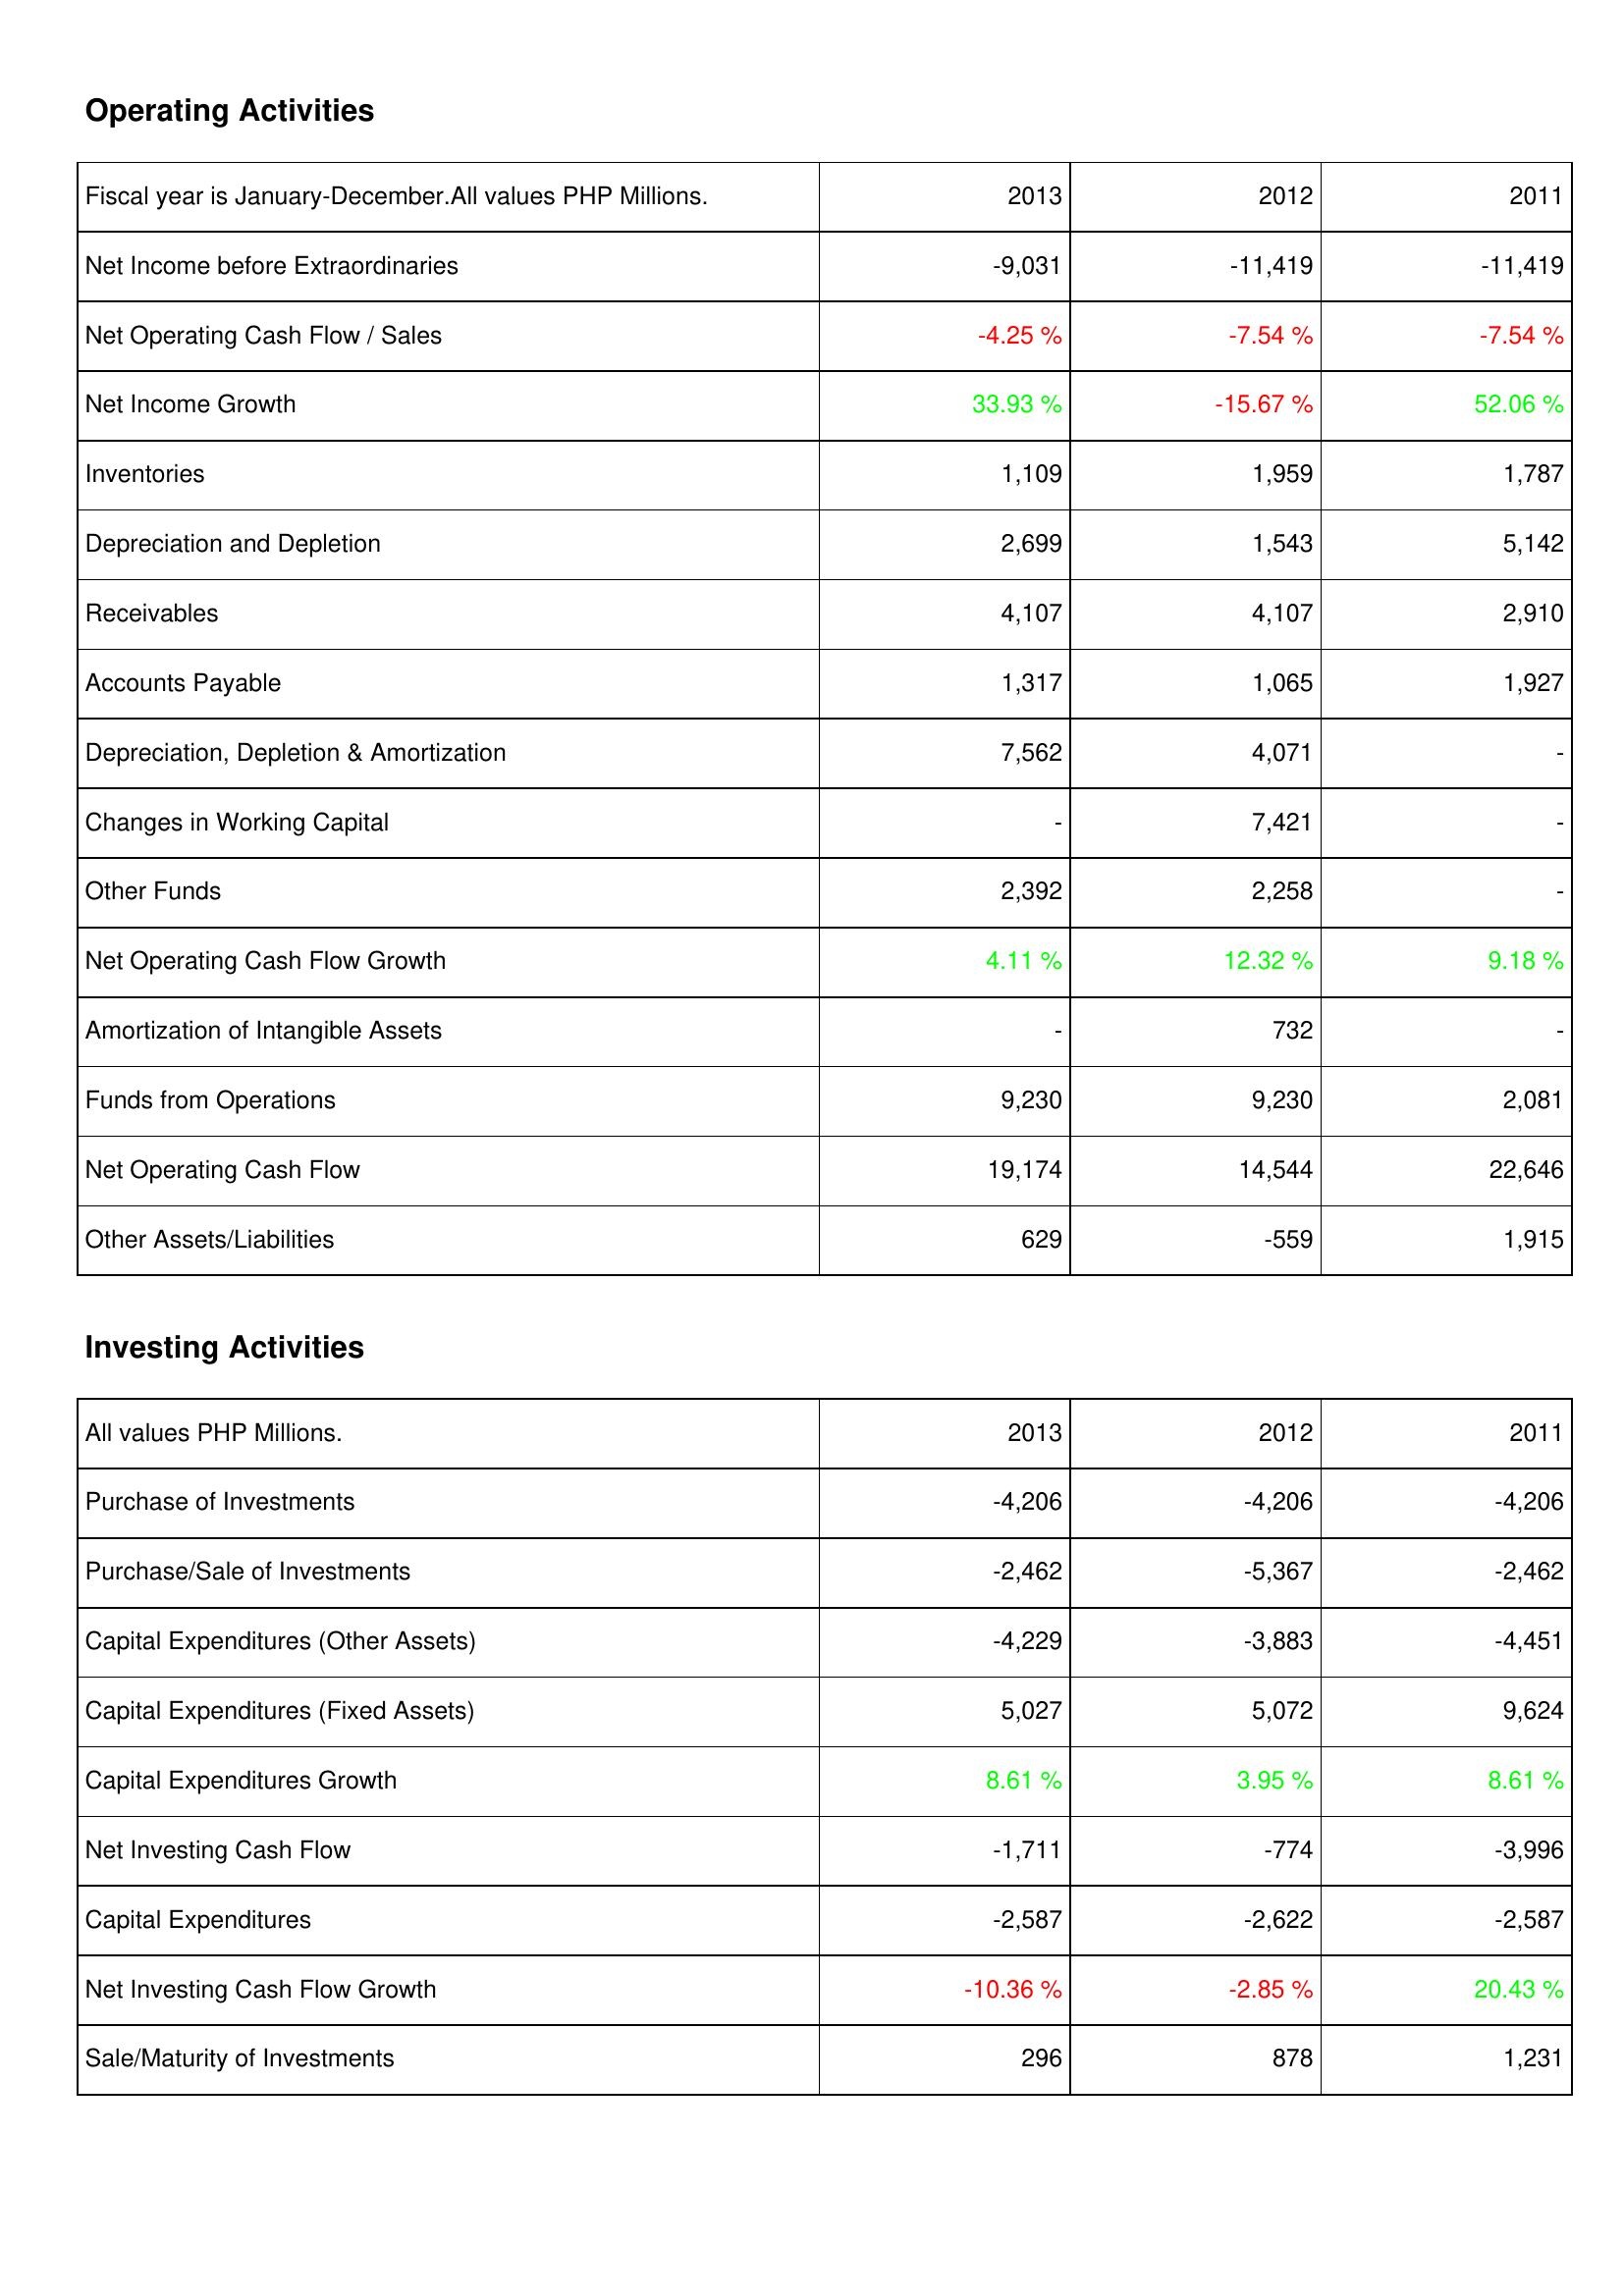
2013: Operating Activities: Net Income before Extraordinaries: -9,031
Net Operating Cash Flow / Sales: -4.25 %
Net Income Growth: 33.93 %
Inventories: 1,109
Depreciation and Depletion: 2,699
Receivables: 4,107
Accounts Payable: 1,317
Depreciation, Depletion & Amortization: 7,562
Changes in Working Capital: -
Other Funds: 2,392
Net Operating Cash Flow Growth: 4.11 %
Amortization of Intangible Assets: -
Funds from Operations: 9,230
Net Operating Cash Flow: 19,174
Other Assets/Liabilities: 629
Investing Activities: Purchase of Investments: -4,206
Purchase/Sale of Investments: -2,462
Capital Expenditures (Other Assets): -4,229
Capital Expenditures (Fixed Assets): 5,027
Capital Expenditures Growth: 8.61 %
Net Investing Cash Flow: -1,711
Capital Expenditures: -2,587
Net Investing Cash Flow Growth: -10.36 %
Sale/Maturity of Investments: 296
2012: Operating Activities: Net Income before Extraordinaries: -11,419
Net Operating Cash Flow / Sales: -7.54 %
Net Income Growth: -15.67 %
Inventories: 1,959
Depreciation and Depletion: 1,543
Receivables: 4,107
Accounts Payable: 1,065
Depreciation, Depletion & Amortization: 4,071
Changes in Working Capital: 7,421
Other Funds: 2,258
Net Operating Cash Flow Growth: 12.32 %
Amortization of Intangible Assets: 732
Funds from Operations: 9,230
Net Operating Cash Flow: 14,544
Other Assets/Liabilities: -559
Investing Activities: Purchase of Investments: -4,206
Purchase/Sale of Investments: -5,367
Capital Expenditures (Other Assets): -3,883
Capital Expenditures (Fixed Assets): 5,072
Capital Expenditures Growth: 3.95 %
Net Investing Cash Flow: -774
Capital Expenditures: -2,622
Net Investing Cash Flow Growth: -2.85 %
Sale/Maturity of Investments: 878
2011: Operating Activities: Net Income before Extraordinaries: -11,419
Net Operating Cash Flow / Sales: -7.54 %
Net Income Growth: 52.06 %
Inventories: 1,787
Depreciation and Depletion: 5,142
Receivables: 2,910
Accounts Payable: 1,927
Depreciation, Depletion & Amortization: -
Changes in Working Capital: -
Other Funds: -
Net Operating Cash Flow Growth: 9.18 %
Amortization of Intangible Assets: -
Funds from Operations: 2,081
Net Operating Cash Flow: 22,646
Other Assets/Liabilities: 1,915
Investing Activities: Purchase of Investments: -4,206
Purchase/Sale of Investments: -2,462
Capital Expenditures (Other Assets): -4,451
Capital Expenditures (Fixed Assets): 9,624
Capital Expenditures Growth: 8.61 %
Net Investing Cash Flow: -3,996
Capital Expenditures: -2,587
Net Investing Cash Flow Growth: 20.43 %
Sale/Maturity of Investments: 1,231